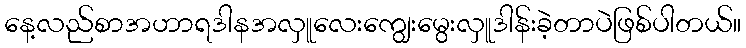
နေ့လည်စာအဟာရဒါနအလှူလေးကျွေးမွေးလှူဒါန်းခဲ့တာပဲဖြစ်ပါတယ်။